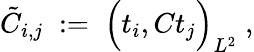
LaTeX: \tilde{C}_{i,j}\; :=\; \Big(t_{i},Ct_{j}\Big)_{L^{2}}\; ,